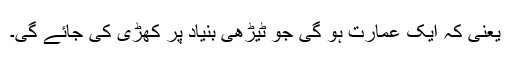
یعنی کہ ایک عمارت ہو گی جو ٹیڑھی بنیاد پر کھڑی کی جائے گی۔